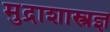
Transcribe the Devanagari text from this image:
मुद्राशास्त्रज्ञ